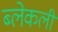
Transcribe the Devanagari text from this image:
ब्लेकली